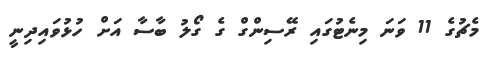
މެޗުގެ 11 ވަނަ މިނެޓުގައި ރޭސިންގް ގެ ގޯލު ބާސާ އަށް ހުޅުވައިދިނީ